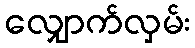
လျှောက်လှမ်း